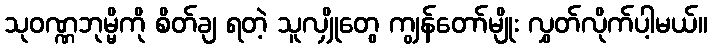
သုဝဏ္ဏဘုမ္မိကို စိတ်ချ ရတဲ့ သူလျှိုတွေ ကျွန်တော်မျိုး လွှတ်လိုက်ပါ့မယ်။